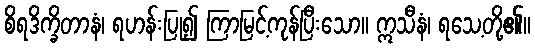
စိရဒိက္ခိတာနံ၊ ရဟန်းပြု၍ ကြာမြင့်ကုန်ပြီးသော။ ဣသီနံ၊ ရသေ့တို့၏။